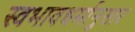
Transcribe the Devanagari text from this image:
स्वभावधर्मानुसार